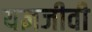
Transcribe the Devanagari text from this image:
यज्ञजीवी